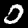
Label: 0